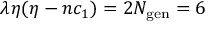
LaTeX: \lambda \eta ( \eta - n c _ { 1 } ) = 2 N _ { \mathrm { g e n } } = 6